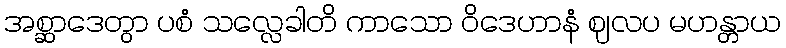
အစ္ဆာဒေတွာ ပစံ သလ္လေခါတိ ကာသော ဝိဒေဟာနံ ဈလပ မဟန္တာယ